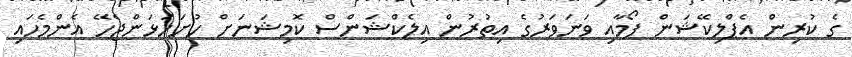
ގެ ކުރިން އެޕްލިކޭޝަން ފޯމާއި ވަނަވަރުގެ އިތުރުން އިލެކްޝަންސް ކޮމިޝަނަށް ހުށަހަޅަންޖެހޭ އެންމެހައި